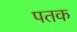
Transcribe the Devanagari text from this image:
पतक